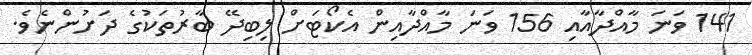
141 ވަނަ މާއްދާއާއި 156 ވަނަ މާއްދާއިން އެކޯޓަށް ލިބިދޭ ބާރުތަކުގެ ދަށުންނެވެ.